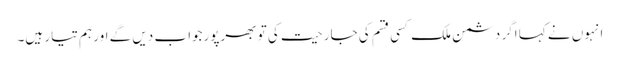
انہوں نے کہا اگر دشمن ملک کسی قسم کی جارحیت کی تو بھرپورجواب دیں گے اور ہم تیار ہیں۔